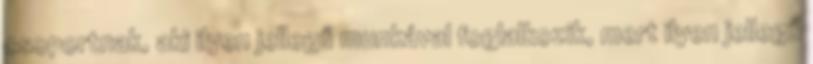
csoportnak, aki ilyen jellegű munkával foglalkozik, mert ilyen jellegű